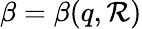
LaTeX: \beta=\beta(q,\mathcal{R})